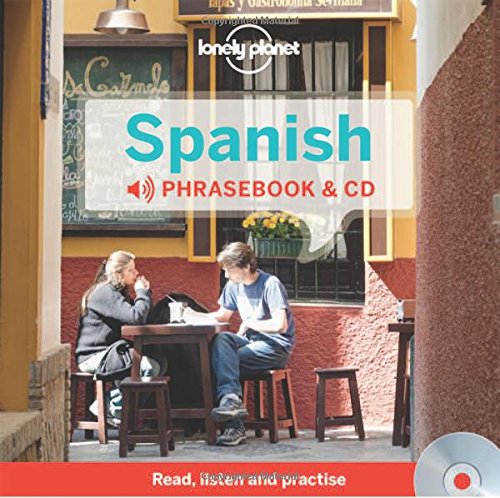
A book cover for Lonely Planet Spanish Phrasebook and Audio CD (Lonely Planet Phrasebooks); Lonely Planet; Travel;